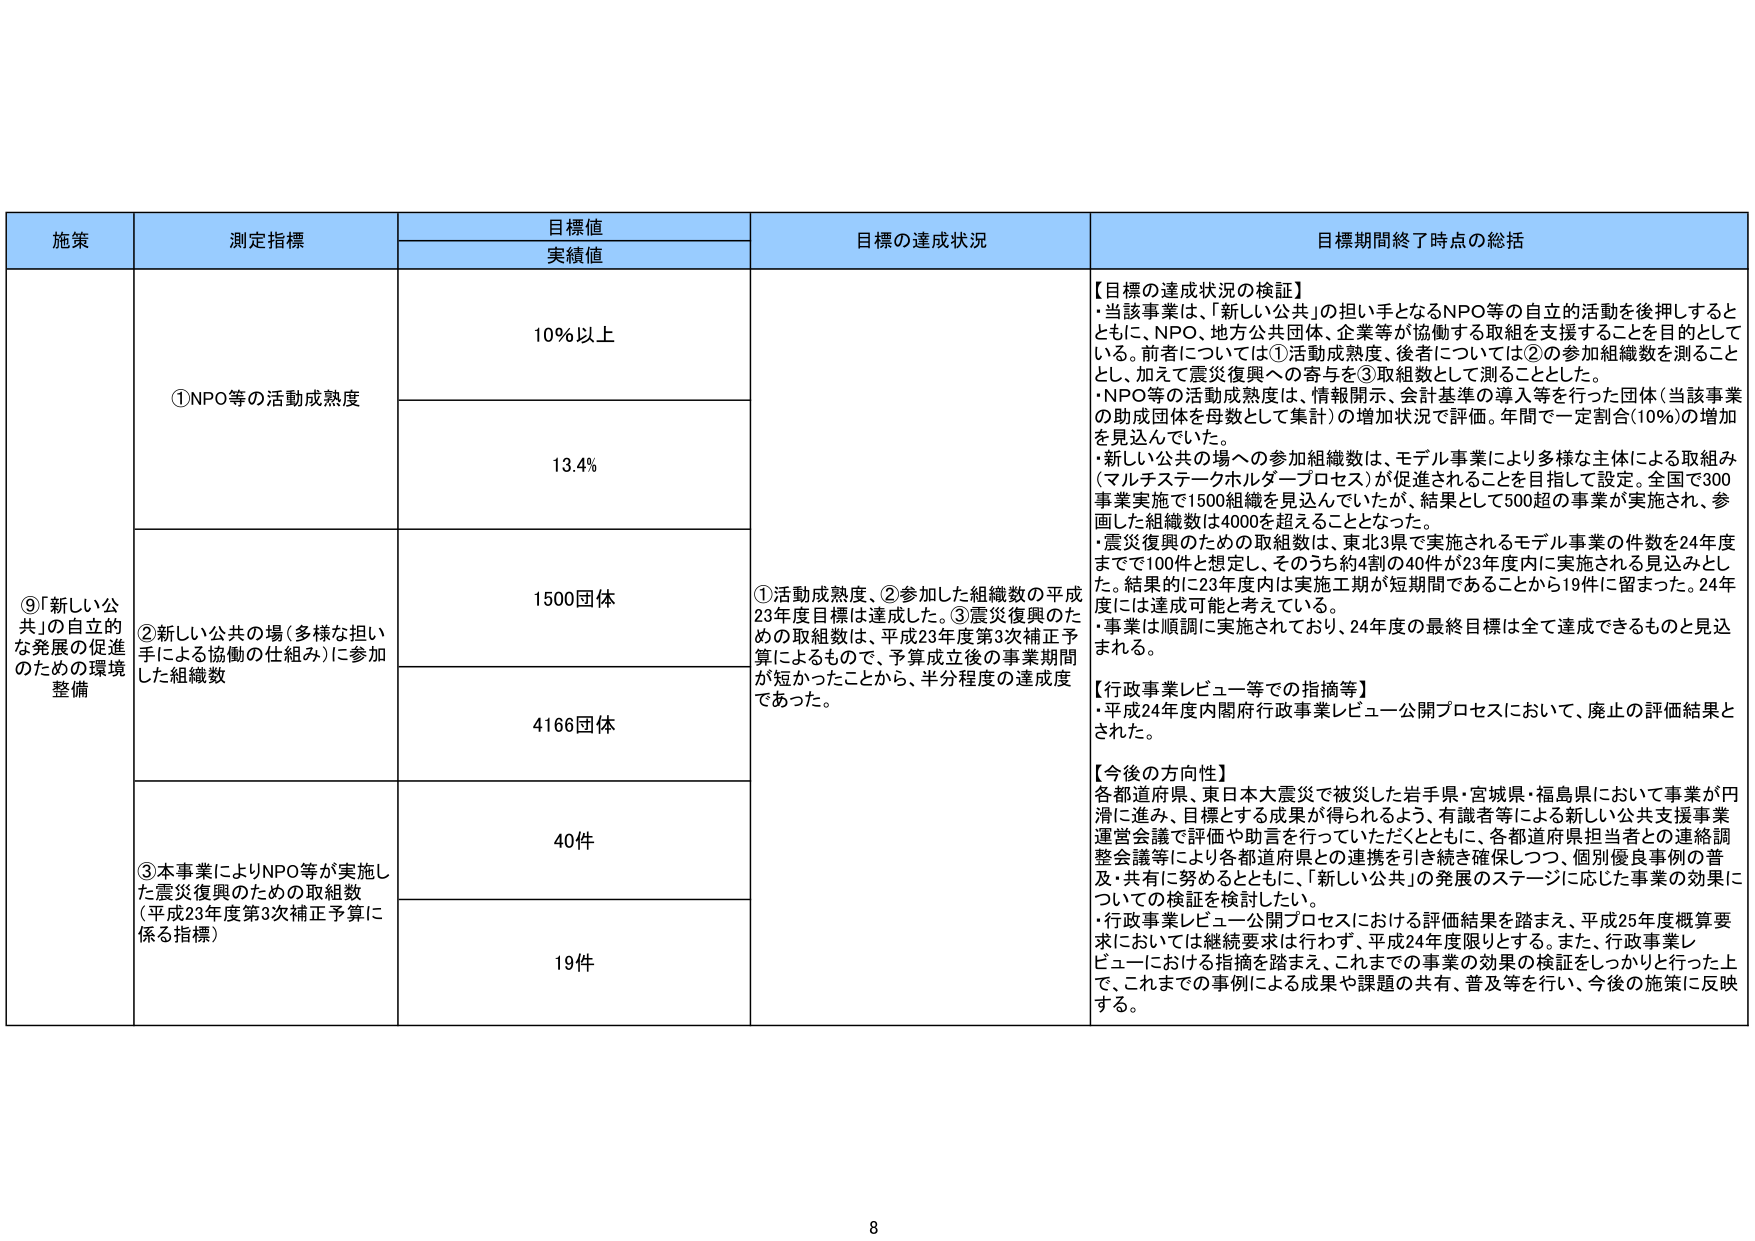
施策 測定指標 目標値 実績値 目標の達成状況 目標期間終了時点の総括
⑨「新しい公共」の自立的な発展の促進のための環境整備 ①NPO等の活動成熟度 10%以上 13.4% ①活動成熟度、②参加した組織数の平成23年度目標は達成した。③震災復興のための取組数は、平成23年度第3次補正予算によるもので、予算成立後の事業期間が短かったことから、半分程度の達成度であった。 【目標の達成状況の検証】 ・当該事業は、「新しい公共」の担い手となるNPO等の自立的活動を後押しするとともに、NPO、地方公共団体、企業等が協働する取組を支援することを目的としている。前者については①活動成熟度、後者については②の参加組織数を測ることとし、加えて震災復興への寄与を③取組数として測ることとした。 ・NPO等の活動成熟度は、情報開示、会計基準の導入等を行った団体（当該事業の助成団体を母数として集計）の増加状況で評価。年間で一定割合（10%）の増加を見込んでいた。 ・新しい公共の場への参加組織数は、モデル事業により多様な主体による取組み（マルチステークホルダープロセス）が促進されることを目指して設定。全国で300事業実施で1500組織を見込んでいたが、結果として500超の事業が実施され、参画した組織数は4000を超えることとなった。 ・震災復興のための取組数は、東北3県で実施されるモデル事業の件数を24年度までで100件と想定した。そのうち約4割の40件が23年度内に実施される見込みとした。結果的に23年度内は実施工期が短期間であることから19件に留まった。24年度には達成可能と考えている。 ・事業は順調に実施されており、24年度の最終目標は全て達成できるものと見込まれる。 【行政事業レビュー等での指摘等】 ・平成24年度内閣府行政事業レビュー公開プロセスにおいて、廃止の評価結果とされた。 【今後の方向性】 各都道府県、東日本大震災で被災した岩手県・宮城県・福島県において事業が円滑に進み、目標とする成果が得られるよう、有識者等による新しい公共支援事業運営会議で評価や助言を行っていただくとともに、各都道府県担当者との連絡調整会議等により各都道府県との連携を引き続き確保しつつ、個別優良事例の普及・共有に努めるとともに、「新しい公共」の発展のステージに応じた事業の効果についての検証を検討したい。 ・行政事業レビュー公開プロセスにおける評価結果を踏まえ、平成25年度概算要求においては継続要求は行わず、平成24年度限りとする。また、行政事業レビューにおける指摘を踏まえ、これまでの事業の効果の検証をしっかりに行った上で、これまでの事例による成果や課題の共有、普及等を行い、今後の施策に反映する。 ②新しい公共の場（多様な担い手による協働の仕組み）に参加した組織数 1500団体 4166団体 ③本事業によりNPO等が実施した震災復興のための取組数（平成23年度第3次補正予算に係る指標） 40件 19件 8